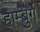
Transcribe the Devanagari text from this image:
हाम्बुर्ग